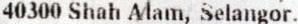
40300 SHAH ALAM, SELANGOR.